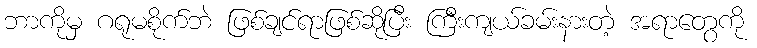
ဘာကိုမှ ဂရုမစိုက်ဘဲ ဖြစ်ချင်ရာဖြစ်ဆိုပြီး ကြီးကျယ်ခမ်းနားတဲ့ အရာတွေကို